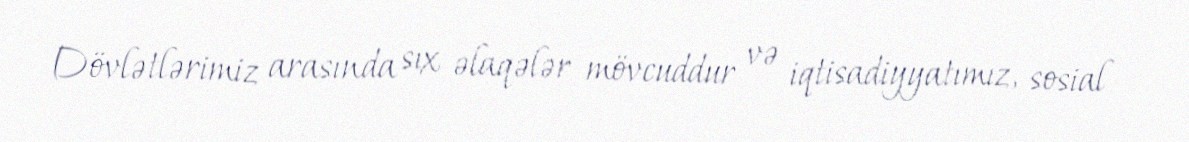
Dövlətlərimiz arasında sıx əlaqələr mövcuddur və iqtisadiyyatımız, sosial